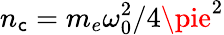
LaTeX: n_{\mathsf{c}}=m_{e}\omega_{0}^{2}/4\pie^{2}